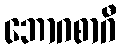
ဘောဂစာဂီ